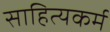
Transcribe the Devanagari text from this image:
साहित्यकर्म